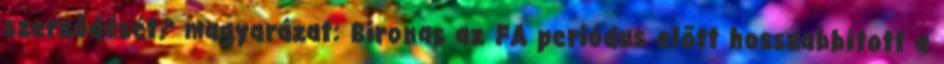
szerződését? magyarázat: Bironas az FA periódus előtt hosszabbított a